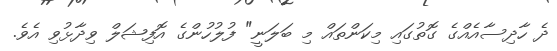
ދެ ހާދިސާއެއްގެ ގޮތުގައި މިކަންތައް މި ބަލަނީ" ފުލުހުންގެ އޮފިޝަލް ވިދާޅުވި އެވެ.